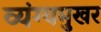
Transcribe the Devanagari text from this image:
व्यंग्यमुखर